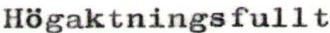
Högaktningsfullt